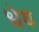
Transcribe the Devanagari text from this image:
धेय